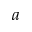
a